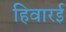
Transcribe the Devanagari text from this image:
हिवारई